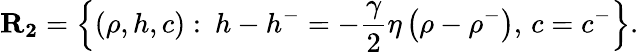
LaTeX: \mathbf{R_{2}}=\left\{ (\rho,h,c):\: h-h^{-}=-\frac{\gamma}{2}\eta\left(\rho-\rho^{-}\right),\, c=c^{-}\right\} .